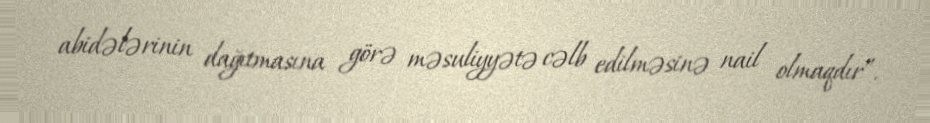
abidələrinin dağıtmasına görə məsuliyyətə cəlb edilməsinə nail olmaqdır”.